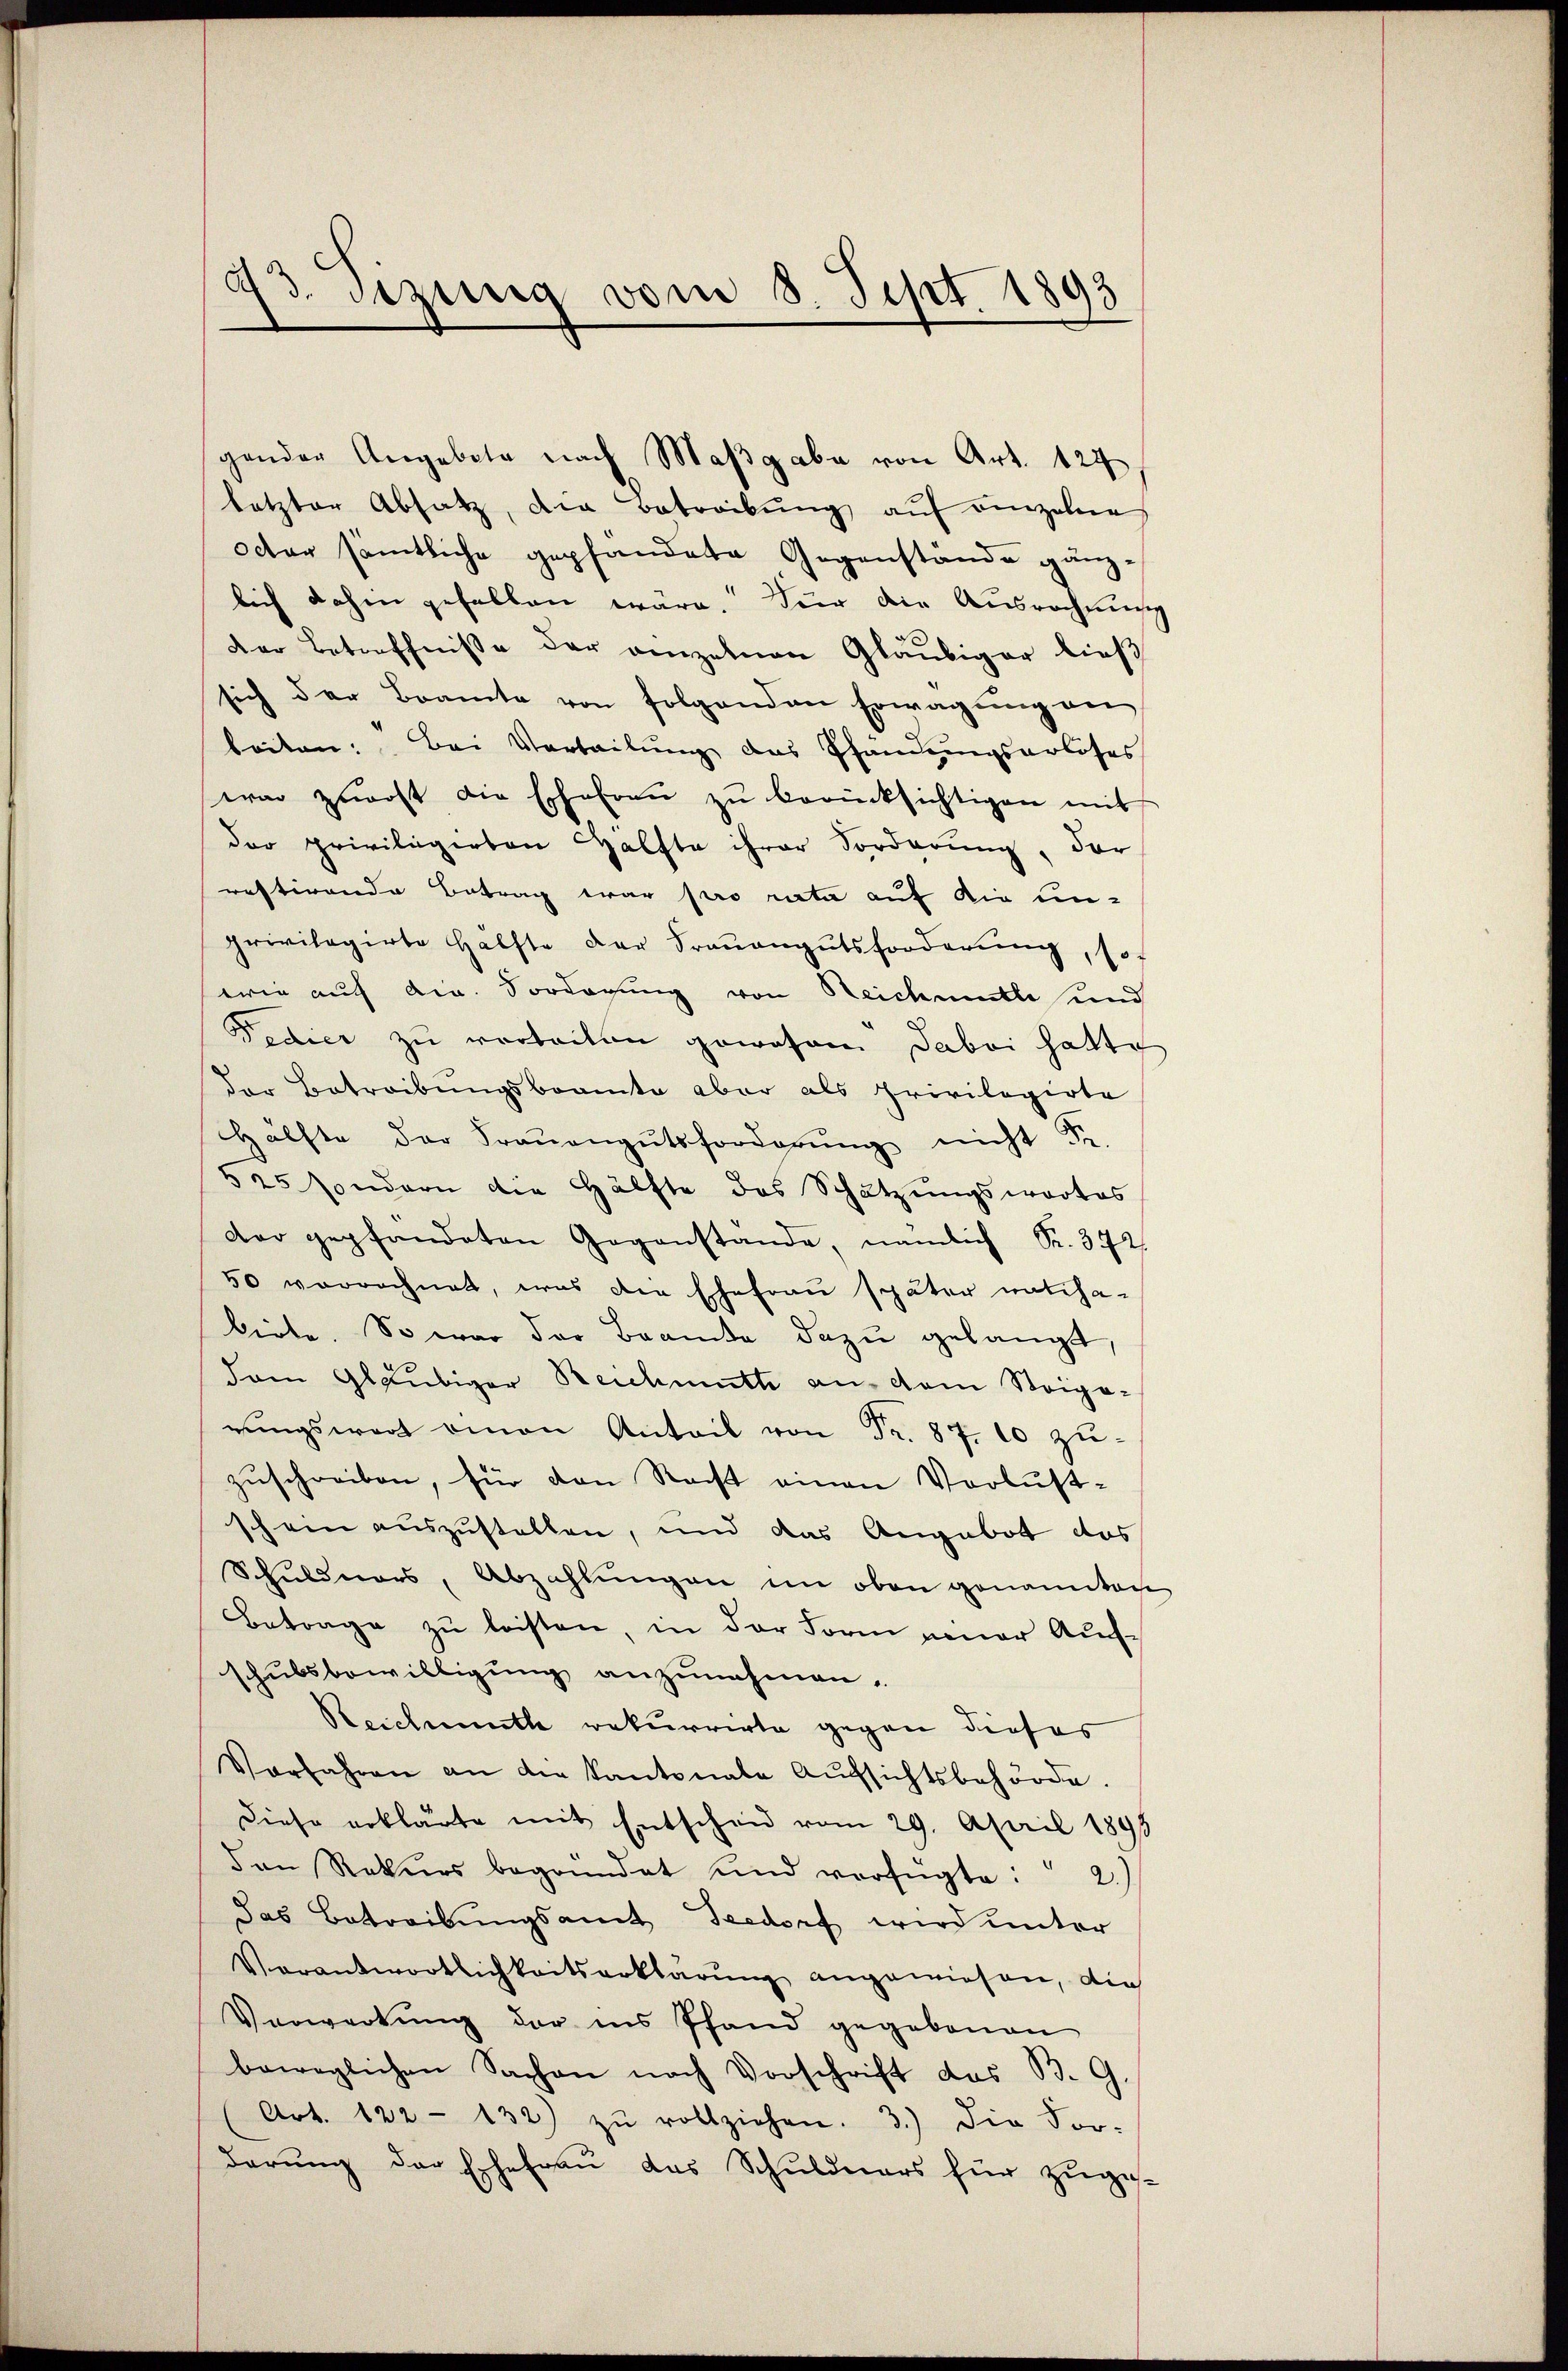
93. Sizung vom 8. Sept. 1893

letzter Absatz, die Betreibŭng aŭf einzelne
octor sämtliche gepfandate Gegenstände gänzlich dahin gefallen wäre. Für die Ausrechnung
Der Betreffnisse der anzelnen Gläubiger ließ
sich der Beamte von folgenden Erwägŭng ver
beiten: Bei Verteilung das Pfandungsarloses
war zuerst die Ehefraŭ zŭ berücksichtigen mit
der priviligerten Hälfte ihrer Forderung, dar
restirende Betrag war pro rieta auf die un-
privilegirte Hälfte der Frauengutsforderŭng, sof
wie auf die. Vorderung von Reichmuthe und
Fedier zu verbeiten gewesen dabei hatte
der Betreibungsbeamte aber als privilegirte
Hälfte der Fraŭengŭtsforderŭng nicht Fr.
525 sondern die Hälfte des Schätzungswortes
dar gepfandeten Gegenstände, nämlich Fr. 372.
50 verrechnet, was die Ehefrau später natcha-
biete. So war der Beamte dazu gelangt,
dem Gläubiger Reichmütte an dem Steige-
rŭngswert einen Anteil von Fr. 87. 10 zuzuschreiben, für den Recht einen Verlustschein auszustellen, und das Angebot das
Schuldners, Abzahlŭngen im oben genannten
Betrage zŭ leisten, in der Form neuer Auf-
schubsbewilligung anzunehmen.
Reichmette rekurrirte gegen dieses
Vorfahren an die Kantonale Aŭfsichtsbehörde.
Diese erklärte mit Entscheid vom 29. April 1898
den Rekurs begründet und verfügte: 2.)
das Betreibŭngsamt Seedorf wird unter
Verantwortlichkeitserklärŭng angewiesen, die
Verwartung der ins Pfand gegebenen
beweglichen Sachen nach Vorschrift das B. G.
(Art. 122 - 132) zŭ rollziehen. 3.) die For-
derung der Ehefrau das Schuldners für zuge¬

gender Angebete nach Maßgabe von Art. 127